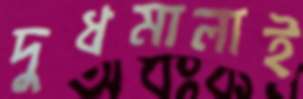
দুধমালাই